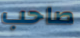
صاحب